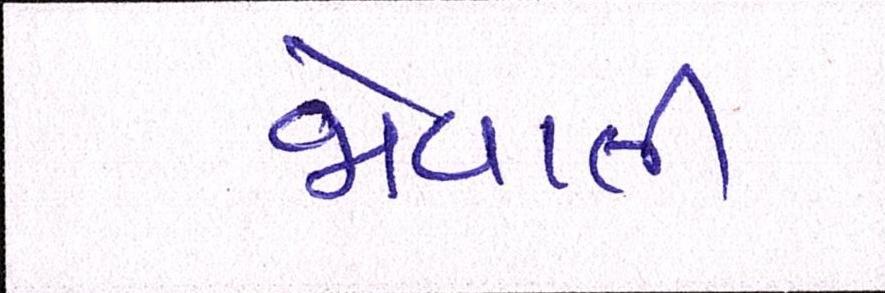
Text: જોવાતી